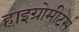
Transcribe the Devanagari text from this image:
हाइग्रोमीटर्स